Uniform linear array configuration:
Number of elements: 12
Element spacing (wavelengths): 0.75
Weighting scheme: blackman
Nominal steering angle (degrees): -15
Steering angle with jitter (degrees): -13.549
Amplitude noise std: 0.05
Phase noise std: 0.05

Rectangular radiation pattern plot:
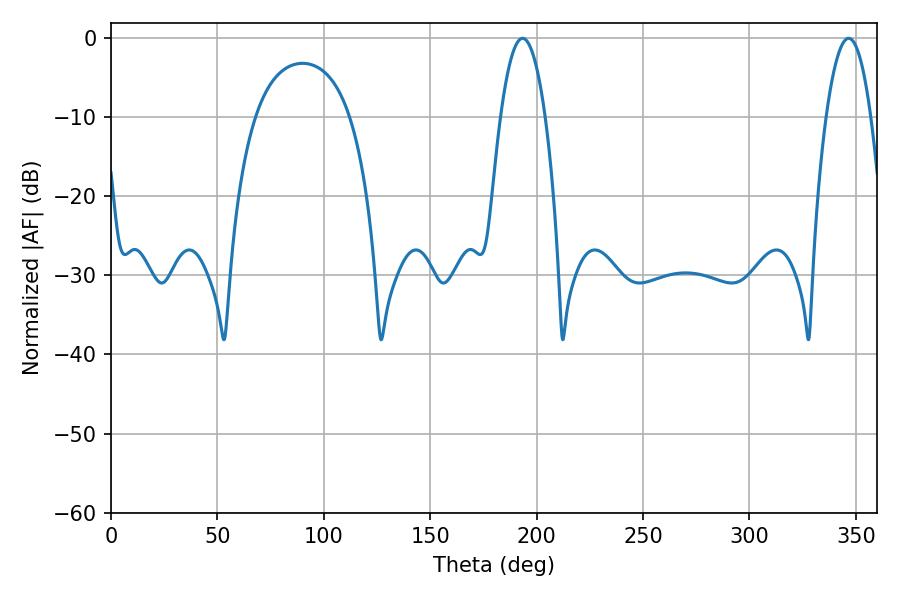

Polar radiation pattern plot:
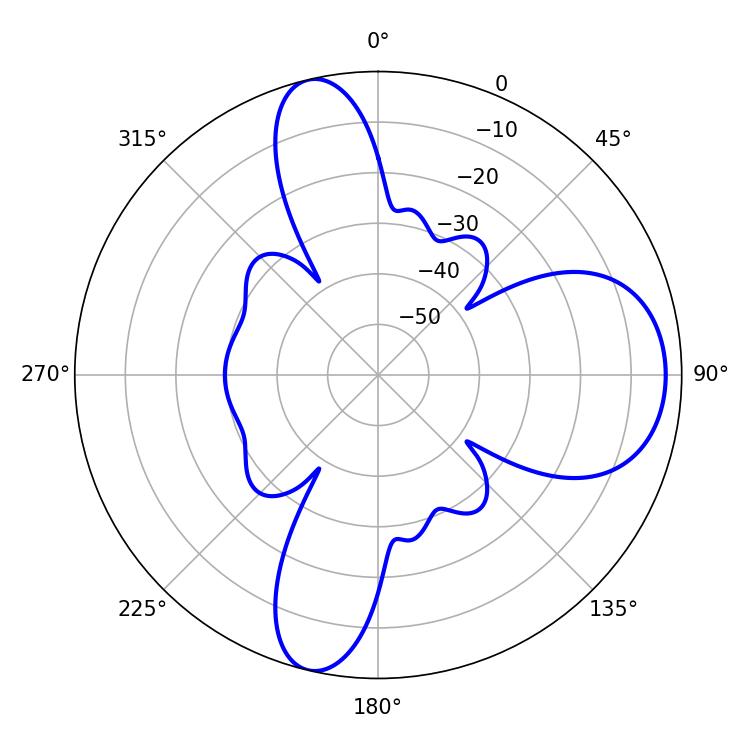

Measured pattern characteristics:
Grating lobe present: TRUE
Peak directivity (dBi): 10.879
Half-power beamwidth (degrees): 11.7
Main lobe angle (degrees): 193.32